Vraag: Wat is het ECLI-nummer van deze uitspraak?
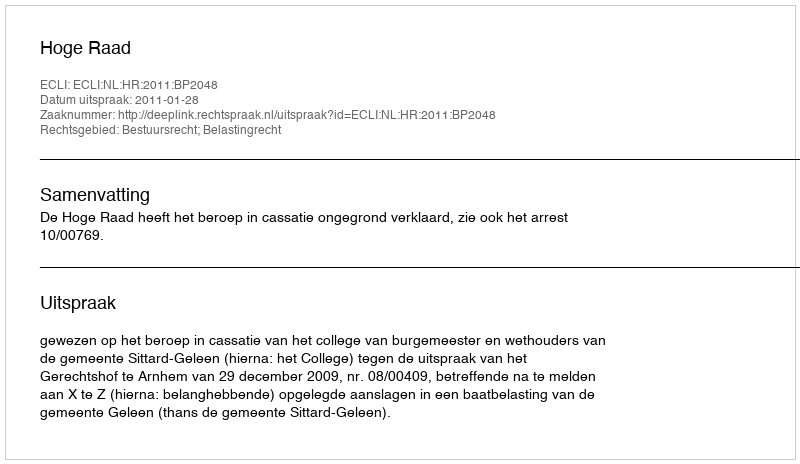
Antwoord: ECLI:NL:HR:2011:BP2048